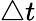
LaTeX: \triangle t